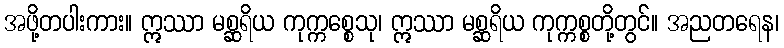
အဖို့တပါးကား။ ဣဿာ မစ္ဆရိယ ကုက္ကစ္စေသု၊ ဣဿာ မစ္ဆရိယ ကုက္ကစ္စတို့တွင်။ အညတရေန၊